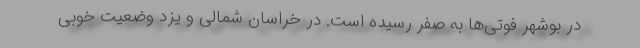
در بوشهر فوتی‌ها به صفر رسیده است. در خراسان شمالی و یزد وضعیت خوبی